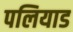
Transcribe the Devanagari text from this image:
पलियाड